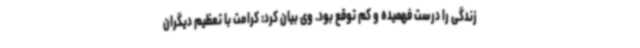
زندگی را درست فهمیده و کم توقع بود. وی بیان کرد: کرامت با تعظیم دیگران